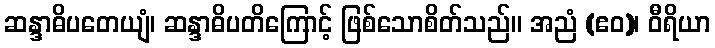
ဆန္ဒာဓိပတေယျံ၊ ဆန္ဒာဓိပတိကြောင့် ဖြစ်သောစိတ်သည်။ အညံ (ဧဝ)၊ ဝီရိယာ